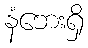
နံဘေးရှိ